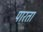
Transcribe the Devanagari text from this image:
पारता